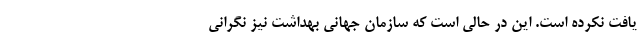
یافت نکرده است. این در حالی است که سازمان جهانی بهداشت نیز نگرانی